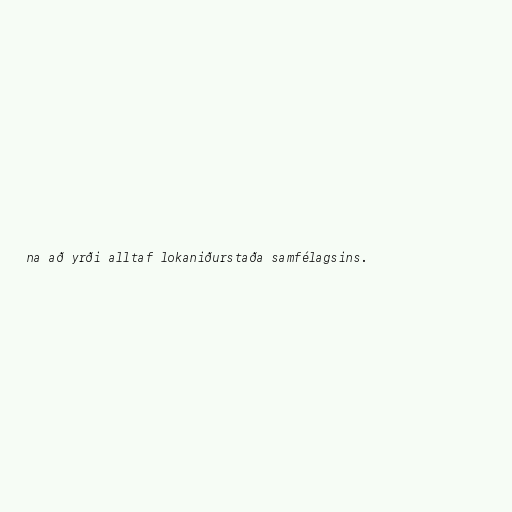
na að yrði alltaf lokaniðurstaða samfélagsins.